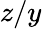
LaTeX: z/y